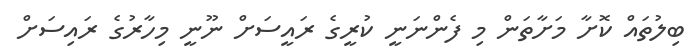
ބިލުތައް ކޮށާ މަށާތަން މި ފެންނަނީ ކުރީގެ ރައީސަށް ނޫނީ މިހާރުގެ ރައިސަށް